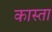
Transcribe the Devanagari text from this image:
कास्ता